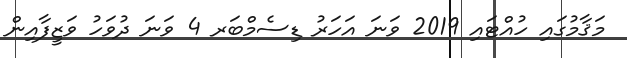
މަޤާމުގައި ހުއްޓައި 2019 ވަނަ އަހަރު ޑިސެމްބަރ 4 ވަނަ ދުވަހު ވަޒީފާއިން